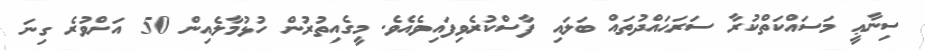
ސިނާޢީ މަސައްކަތްކުރާ ސަރަޙައްދުތައް ބަލައި ފާސްކުރެވިފައިވެއެވެ. މީގެއިތުރުން ހުޅުމާލެއިން 50 އަށްވުރެ ގިނަ